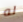
له